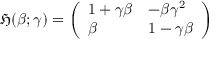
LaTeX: { \mathfrak { H } } ( \beta ; \gamma ) = { \left( \begin{array} { l l } { 1 + \gamma \beta } & { - \beta \gamma ^ { 2 } } \\ { \beta } & { 1 - \gamma \beta } \end{array} \right) }